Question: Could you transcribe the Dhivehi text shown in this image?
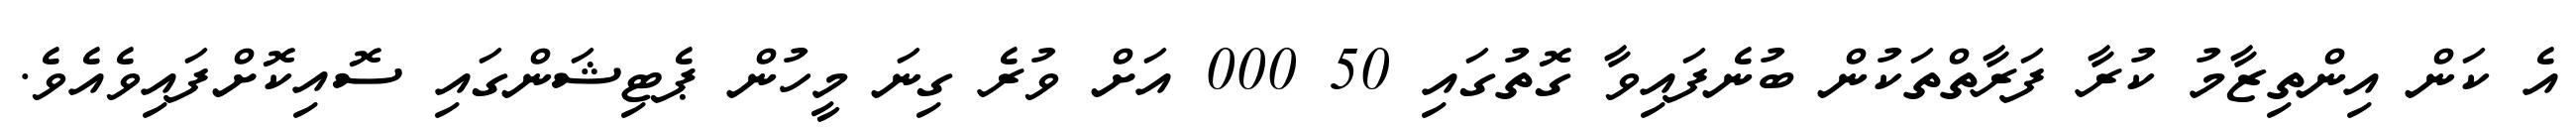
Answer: އެ ކަން އިންތިޒާމު ކުރާ ފަރާތްތަކުން ބުނެފައިވާ ގޮތުގައި 50 000 އަށް ވުރެ ގިނަ މީހުން ޕެޓިޝަންގައި ސޮއިކޮށްފައިވެއެވެ.